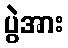
ပွဲအား